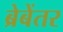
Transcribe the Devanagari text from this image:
ब्रेबेंतर